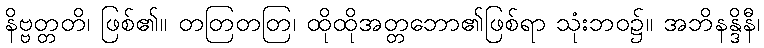
နိဗ္ဗတ္တတိ၊ ဖြစ်၏။ တတြတတြ၊ ထိုထိုအတ္တဘော၏ဖြစ်ရာ သုံးဘဝ၌။ အဘိနန္ဒိနီ၊